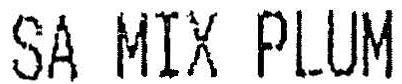
SA MIX PLUM